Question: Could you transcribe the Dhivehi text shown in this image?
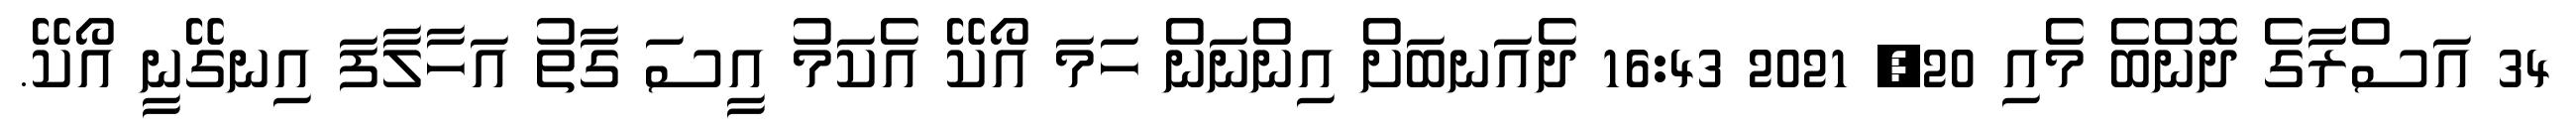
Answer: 34 އަސްރާގެ ދޮންބެ މެއި 20, 2021 16:43 ދެއަނބަށް އިންނަން ހަމަ އޯކޭ އެކަމު އީސަ ގާތު އަހާލާފަ އިނގޭނީ އޯކޭ.